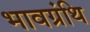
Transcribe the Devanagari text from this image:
भावग्रंथि